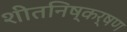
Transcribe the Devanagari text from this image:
शीतनिष्कर्षण